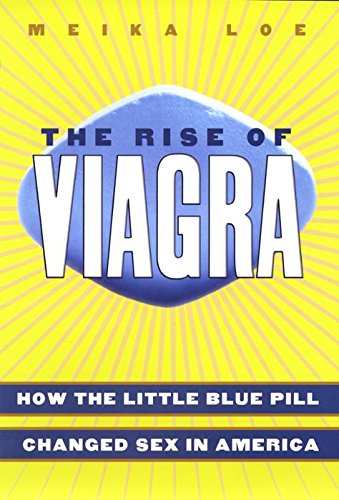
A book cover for The Rise of Viagra: How the Little Blue Pill Changed Sex in America; Meika Loe; Parenting & Relationships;